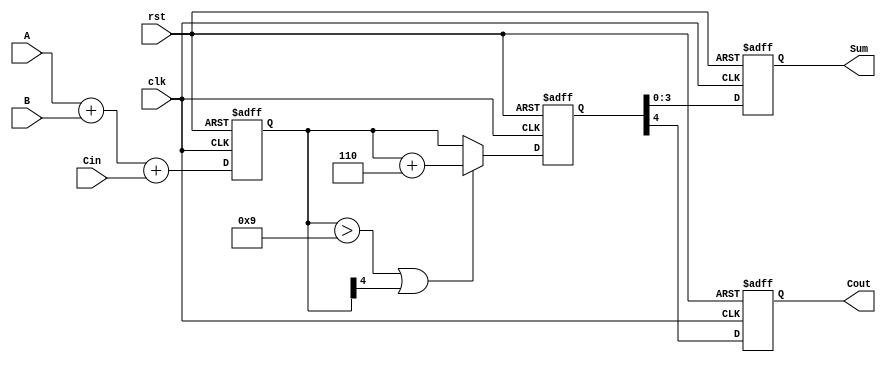
module BCD_Pipelined_Adder (
    input wire [3:0] A,       // 4-bit BCD input A
    input wire [3:0] B,       // 4-bit BCD input B
    input wire Cin,           // Carry-in
    input wire clk,           // Clock
    input wire rst,           // Reset
    output reg [3:0] Sum,     // 4-bit BCD output Sum
    output reg Cout           // Carry-out
);

    // Intermediate signals
    reg [4:0] raw_sum;        // 5-bit to accommodate carry
    reg [4:0] corrected_sum;  // 5-bit for corrected BCD sum

    // Stage 1: Binary addition
    always @(posedge clk or posedge rst) begin
        if (rst) begin
            raw_sum <= 5'b0; // Reset raw sum
        end else begin
            raw_sum <= A + B + Cin; // Add A, B, and carry-in
        end
    end

    // Stage 2: BCD correction
    always @(posedge clk or posedge rst) begin
        if (rst) begin
            corrected_sum <= 5'b0; // Reset corrected sum
        end else begin
            if (raw_sum > 9 || raw_sum[4]) begin // Check if raw sum is invalid BCD
                corrected_sum <= raw_sum + 5'd6; // Add 6 to correct BCD
            end else begin
                corrected_sum <= raw_sum; // No correction needed
            end
        end
    end

    // Stage 3: Output registration
    always @(posedge clk or posedge rst) begin
        if (rst) begin
            Sum <= 4'b0; // Reset Sum
            Cout <= 1'b0; // Reset carry-out
        end else begin
            Sum <= corrected_sum[3:0]; // Capture the lower 4 bits as Sum
            Cout <= corrected_sum[4];   // Capture the carry-out
        end
    end

endmodule